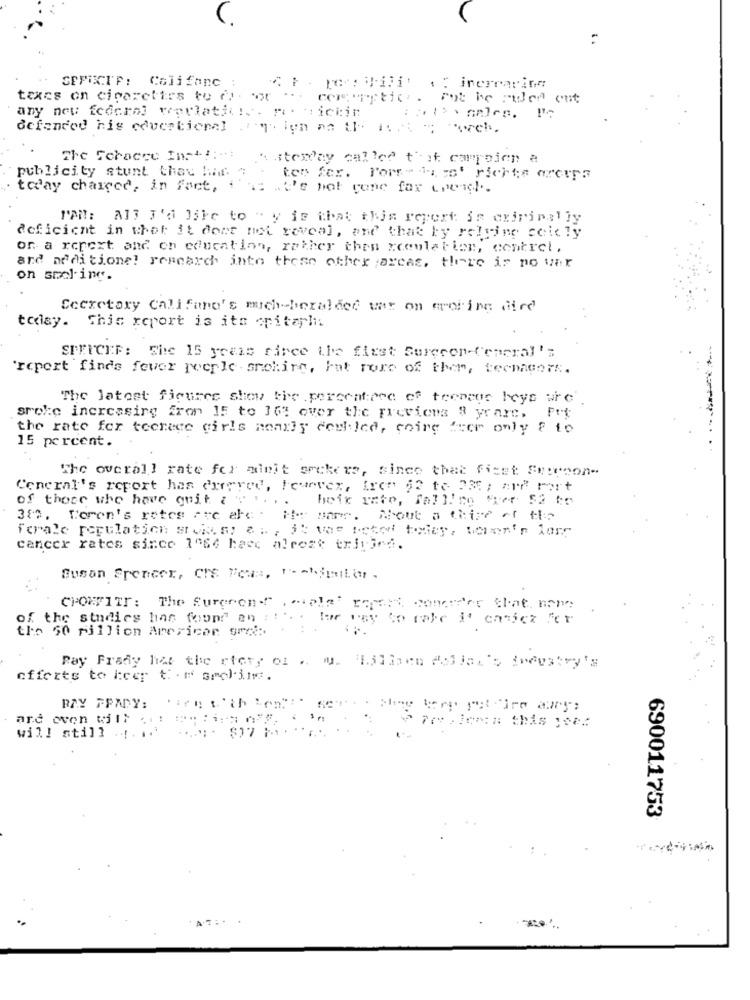
SEPIKIF: Califanc
: inercapire
taxes on cigarettes to di . woot
...
com"rftich. rot he muler out
any neu federal warlatil !. R. : ichin
defended his edverticnel . ". ign as the Art "; "och,
The Schacce Inst !:-:
westerday called that carroien a
publicity stunt thau har. "
ton fer. Pors > lire' richte areurs
today chargce, in fact, i'm: . 2's not cone fax cheich ..
I'AM: A13 I'd like to " y is that this report is cririn;liy
deficient in thet it dont not reveal, and that by relying ceicly
or a repext and on education, rather then zceulation, control,
and additionel research into these other areas, there is no war
on smol-ing.
Secretary Califano's mich-heralded war on eroring died
today. This report is its oritapl
SPENCER: The 15 years firce the first Surecon-General's
"report finds fever averle - smoking, Fat rore of ther, teennentk.
The latest figures show the .percentpec of teenage boys wrc'.
srokc increasing fron 15 to 16% over the previous 8 yrare.
the rate fer tecrece girls nearly ceel led, coirg fcer only & to
15 percent.
The overall rate for minit seekers, since that fizet Suprnon-
General's report has exerce, Fearvex, free 52 to 230; ard port
of those who have quit &
..
heik rate, falline frer 52 to
380. Women's retes are ale Me pare. Nout a thise of Me
Forale regulation stores; en , it von sched today, women's lors
cancer rates since 1066 hacc alrozt trivied.
Buson Freneen, CHE Fers, Tootjunior.
CHOWFITT: The Surgeon!"
of the studies has found on :
...
the 50 pillion Apericar grei :.
Ray Frady hat the story of . m. Bilinen dollar's ineestry's
offerts tokce t⑈ Gli1.
RAY FPADY:
Mine tere peuthire dary;
are oven will
in
will still .!.
690011753